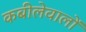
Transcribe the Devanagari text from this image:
कबीलेवालों